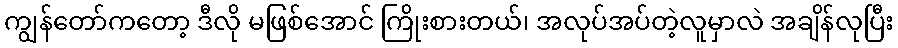
ကျွန်တော်ကတော့ ဒီလို မဖြစ်အောင် ကြိုးစားတယ်၊ အလုပ်အပ်တဲ့လူမှာလဲ အချိန်လုပြီး